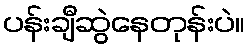
ပန်းချီဆွဲနေတုန်းပဲ။